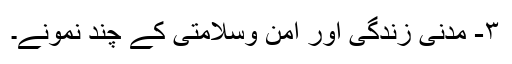
۳- مدنی زندگی اور امن وسلامتی کے چند نمونے۔